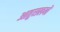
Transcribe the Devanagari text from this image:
आतुरालयों